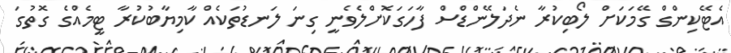
އެޓޭކިންގް ގޭމަކަށް ލޯބިކުރާ ނެދަލޭންޑްސް ފާހަގަކޮށްލެވެނީ ގިނަ ލަނޑުތަކެއް ކާމިޔާބުކުރާ ޓީމެއްގެ ގޮތުގަ